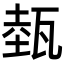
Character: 𤭝